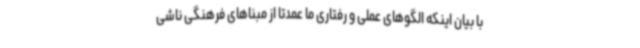
با بیان اینکه الگوهای عملی و رفتاری ما عمدتا از مبناهای فرهنگی ناشی